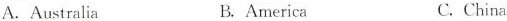
A.Australia B.America C.China